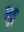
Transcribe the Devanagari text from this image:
श्न